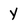
Character: y